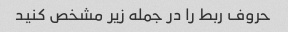
حروف ربط را در جمله زیر مشخص کنید